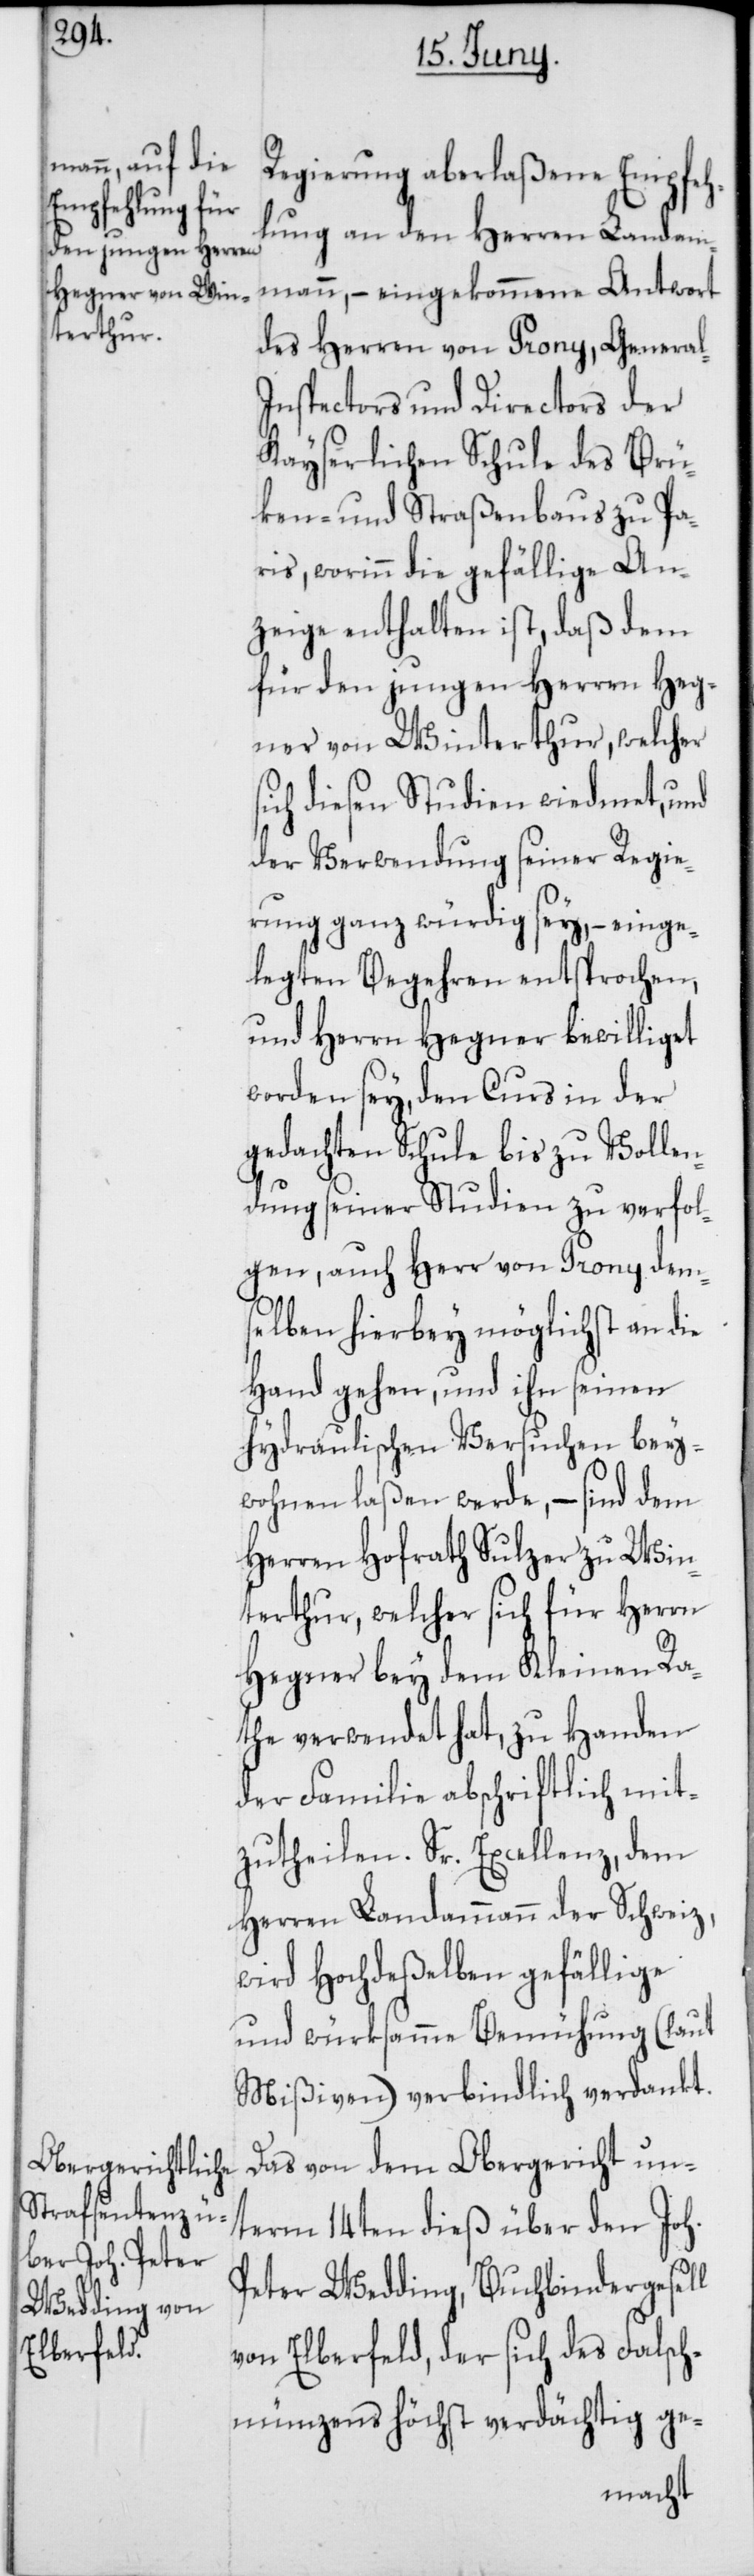
Regierung aberlaßenen Empfeh¬
lung an den Herren Landam¬
mann, – eingekommene Antwort
des Herren von Prony, General-I¬
nspectors und Directors der
Kayserlichen Schule des Brü¬
ken- und Straßenbaus zu Pa¬
ris, worinn die gefällige An¬
zeige enthalten ist, daß dem
für den jungen Herren Heg¬
ner von Winterthur, welcher
sich diesen Studien wiedmet, und
der Verwendung seiner Regie¬
rung ganz würdig sey, – einge¬
legten Begehren entsprochen,
und Herren Hegner bewilliget
worden sey, den Curs in der
gedachten Schule bis zu Vollen¬
dung seiner Studien zu verfol¬
gen, auch Herr von Prony dem¬
selben hierbey möglichst an die
Hand gehen, und ihn seinen
hydraulischen Versuchen bey¬
wohnen laßen werde, – sind dem
Herren Hofrath Sulzer zu Win¬
terthur, welcher sich für Herrn
Hegner bey dem Kleinen Ra¬
the verwendet hat, zu Handen
der Familie abschriftlich mit¬
zutheilen. Sr. Excellenz, dem
Herren Landammann der Schweiz,
wird Hochdeßelben gefällige
und würksamme Bemühung (laut
Mißiven) verbindlich verdankt.
Das von dem Obergericht un¬
term 14ten dieß über den Joh.
Peter Wedding, Buchbindergesell
von Elberfeld, der sich des Falsch¬
münzens höchst verdächtig ge-